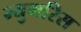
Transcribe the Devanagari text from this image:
न्युमरिस